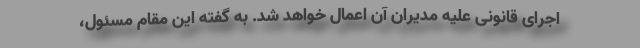
اجرای قانونی علیه مدیران آن اعمال خواهد شد. به گفته این مقام مسئول،